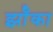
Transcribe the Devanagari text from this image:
झॉँका